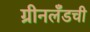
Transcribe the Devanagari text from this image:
ग्रीनलँडची